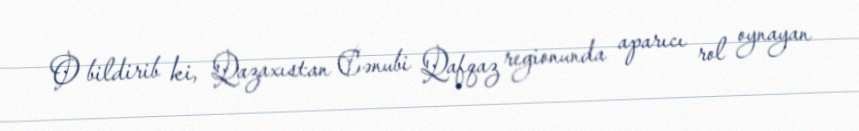
O bildirib ki, Qazaxıstan Cənubi Qafqaz regionunda aparıcı rol oynayan